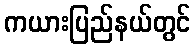
ကယားပြည်နယ်တွင်